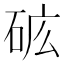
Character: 𰦺